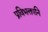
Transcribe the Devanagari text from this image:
प्रविभक्तानि